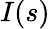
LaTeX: I(s)